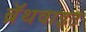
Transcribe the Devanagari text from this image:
ब्रॅथवाइट